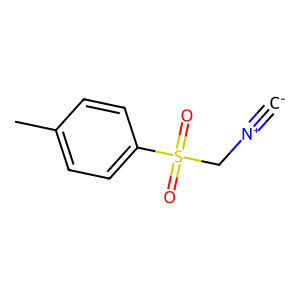
SMILES: [C-]#[N+]CS(=O)(=O)c1ccc(C)cc1
Inhibits HIV replication: No